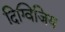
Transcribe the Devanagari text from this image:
दिग्विजिय